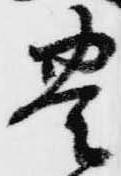
豊